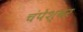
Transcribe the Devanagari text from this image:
चंपेश्वर